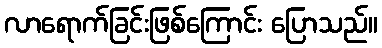
လာရောက်ခြင်းဖြစ်ကြောင်း ပြောသည်။